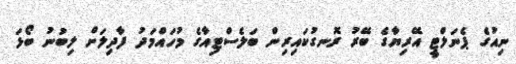
ނިއުގެ ޕެނަލްޓީ އޭރިޔާގެ ބޭރު ރޮނގުކައިރިން ބަލެސްޓިއާގެ މުހައްމަދު ފާދިލަށް ލިބުނު ބޯޅަ